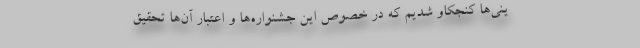
ینی‌ها کنجکاو شدیم که در خصوص این جشنواره‌ها و اعتبار آن‌ها تحقیق